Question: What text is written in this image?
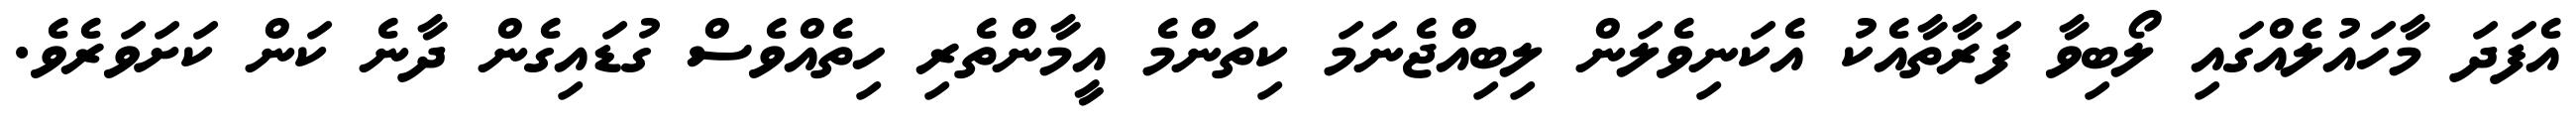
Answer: އެފަދަ މާހައުލެއްގައި ލޯބިވާ ފަރާތާއެކު އެކަނިވެލަން ލިބިއްޖެނަމަ ކިތަންމެ އީމާންތެރި ހިތެއްވެސް ގުޑައިގެން ދާނެ ކަން ކަށަވަރެވެ.